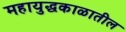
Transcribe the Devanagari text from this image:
महायुद्धकाळातील